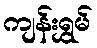
ကျန်းရွှမ်